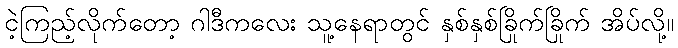
ငဲ့ကြည့်လိုက်တော့ ဂါဒီကလေး သူ့နေရာတွင် နှစ်နှစ်ခြိုက်ခြိုက် အိပ်လို့။